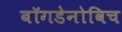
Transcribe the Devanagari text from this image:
बॉगडेनोविच